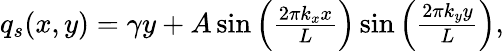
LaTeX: \begin{array}{r}{q_{s}(x,y)=\gamma y+A\sin\left(\frac{2\pi k_{x}x}{L}\right)\sin\left(\frac{2\pi k_{y}y}{L}\right),}\end{array}